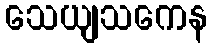
သေယျသကေန